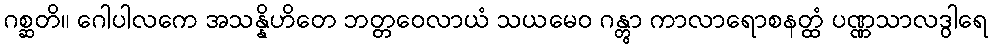
ဂစ္ဆတိ။ ဂေါပါလကေ အသန္နိဟိတေ ဘတ္တဝေလာယံ သယမေဝ ဂန္တွာ ကာလာရောစနတ္ထံ ပဏ္ဏသာလဒွါရေ